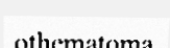
othematoma